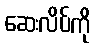
ဆေးလိပ်ကို